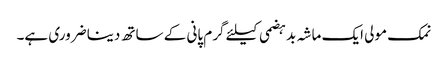
نمک مولی ایک ماشہ بدہضمی کیلئے گرم پانی کے ساتھ دینا ضروری ہے۔